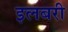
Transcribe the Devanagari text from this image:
इलबरी